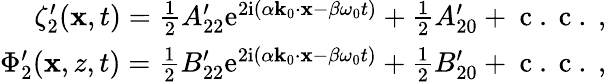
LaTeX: \begin{array}{r}{\zeta_{2}^{\prime}(\mathbf{x},t)=\frac{1}{2}A_{22}^{\prime}\mathrm{e}^{2\mathrm{i}(\alpha\mathbf{k}_{0}\cdot\mathbf{x}-\beta\omega_{0}t)}+\frac{1}{2}A_{20}^{\prime}+\mathrm{~c~.~c~.~},}\\ {\Phi_{2}^{\prime}(\mathbf{x},z,t)=\frac{1}{2}B_{22}^{\prime}\mathrm{e}^{2\mathrm{i}(\alpha\mathbf{k}_{0}\cdot\mathbf{x}-\beta\omega_{0}t)}+\frac{1}{2}B_{20}^{\prime}+\mathrm{~c~.~c~.~},}\end{array}